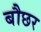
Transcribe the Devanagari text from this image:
बौछर